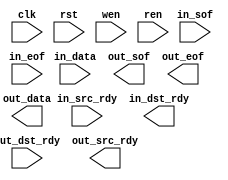
// 32 bit Port Register

`timescale 1ns/100ps

module channel5(
	input					clk,
	input					rst,
	input					wen,
	input					ren,
	input					in_sof,
	input					in_eof,
	input					in_src_rdy,
	output				in_dst_rdy,
	input		[7:0]		in_data,
	
	output	reg		out_sof,
	output	reg		out_eof,
	input					out_dst_rdy,
	output				out_src_rdy,
	output	reg [7:0]		out_data
);

endmodule